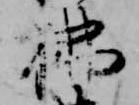
仏